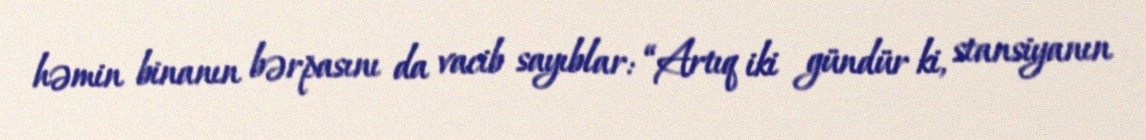
həmin binanın bərpasını da vacib sayıblar: “Artıq iki gündür ki, stansiyanın